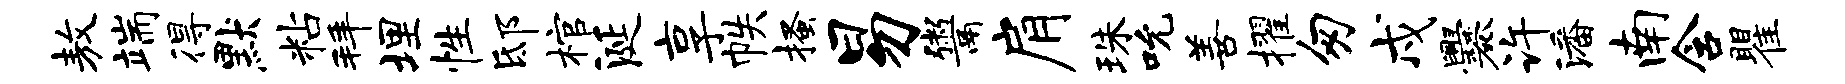
敖端得默粘拜埋性邸棺涎享帙搔易鬻肩珠吮善擢匆戍爨许潘南含瞿